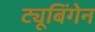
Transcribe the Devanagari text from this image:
ट्यूबिंगेन